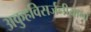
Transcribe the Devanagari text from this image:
अकुहविसर्जनीयानां